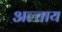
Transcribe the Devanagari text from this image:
अल्ताय